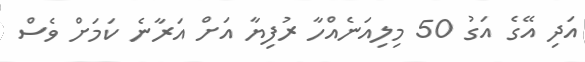
އަދި އޭގެ އަގު 50 މިލިއަނެއްހާ ރުފިޔާ އަށް އަރާނެ ކަމަށް ވެސް